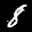
Label: 8